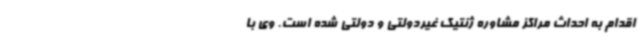
اقدام به احداث مراکز مشاوره ژنتیک غیردولتی و دولتی شده است. وی با